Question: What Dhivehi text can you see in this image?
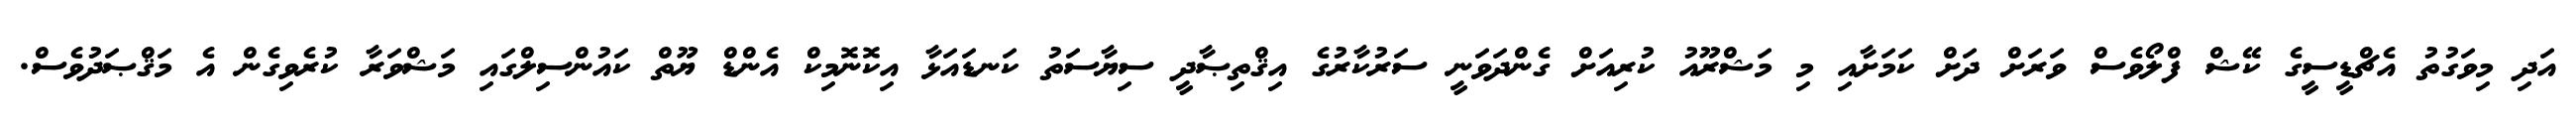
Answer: އަދި މިވަގުތު އެޗްޑީސީގެ ކޭޝް ފްލޯވެސް ވަރަށް ދަށް ކަމަށާއި މި މަޝްރޫއު ކުރިއަށް ގެންދަވަނީ ސަރުކާރުގެ އިޤްތިޞާދީ ސިޔާސަތު ކަނޑައަޅާ އިކޮނޮމިކް އެންޑް ޔޫތް ކައުންސިލްގައި މަޝްވަރާ ކުރެވިގެން އެ މަޤްޞަދުވެސް.